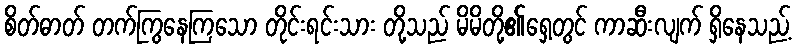
စိတ်ဓာတ် တက်ကြွနေကြသော တိုင်းရင်းသား တို့သည် မိမိတို့၏ရှေ့တွင် ကာဆီးလျက် ရှိနေသည့်